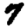
Digit: 7